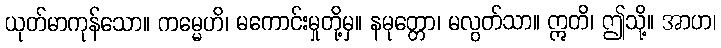
ယုတ်မာကုန်သော။ ကမ္မေဟိ၊ မကောင်းမှုတို့မှ။ နမုတ္တော၊ မလွတ်သာ။ ဣတိ၊ ဤသို့။ အာဟ၊